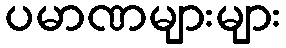
ပမာဏများများ